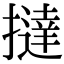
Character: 撻